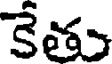
కేతు